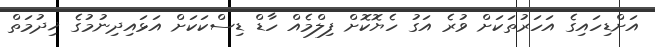
އަށްޑިހައިގެ އަހަރުތަކަށް ވުރެ އަގު ހެޔޮކޮށް ފިލްމެއް ހާޑް ޑިސްކަކަށް އަޅައިދިނުމުގެ ޚިދުމަތް